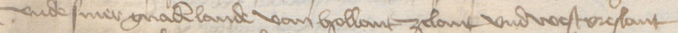
vnde siner gnaden lande van Hollant Zelant vnd Westvreslant